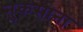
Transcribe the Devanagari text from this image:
नुकसाना